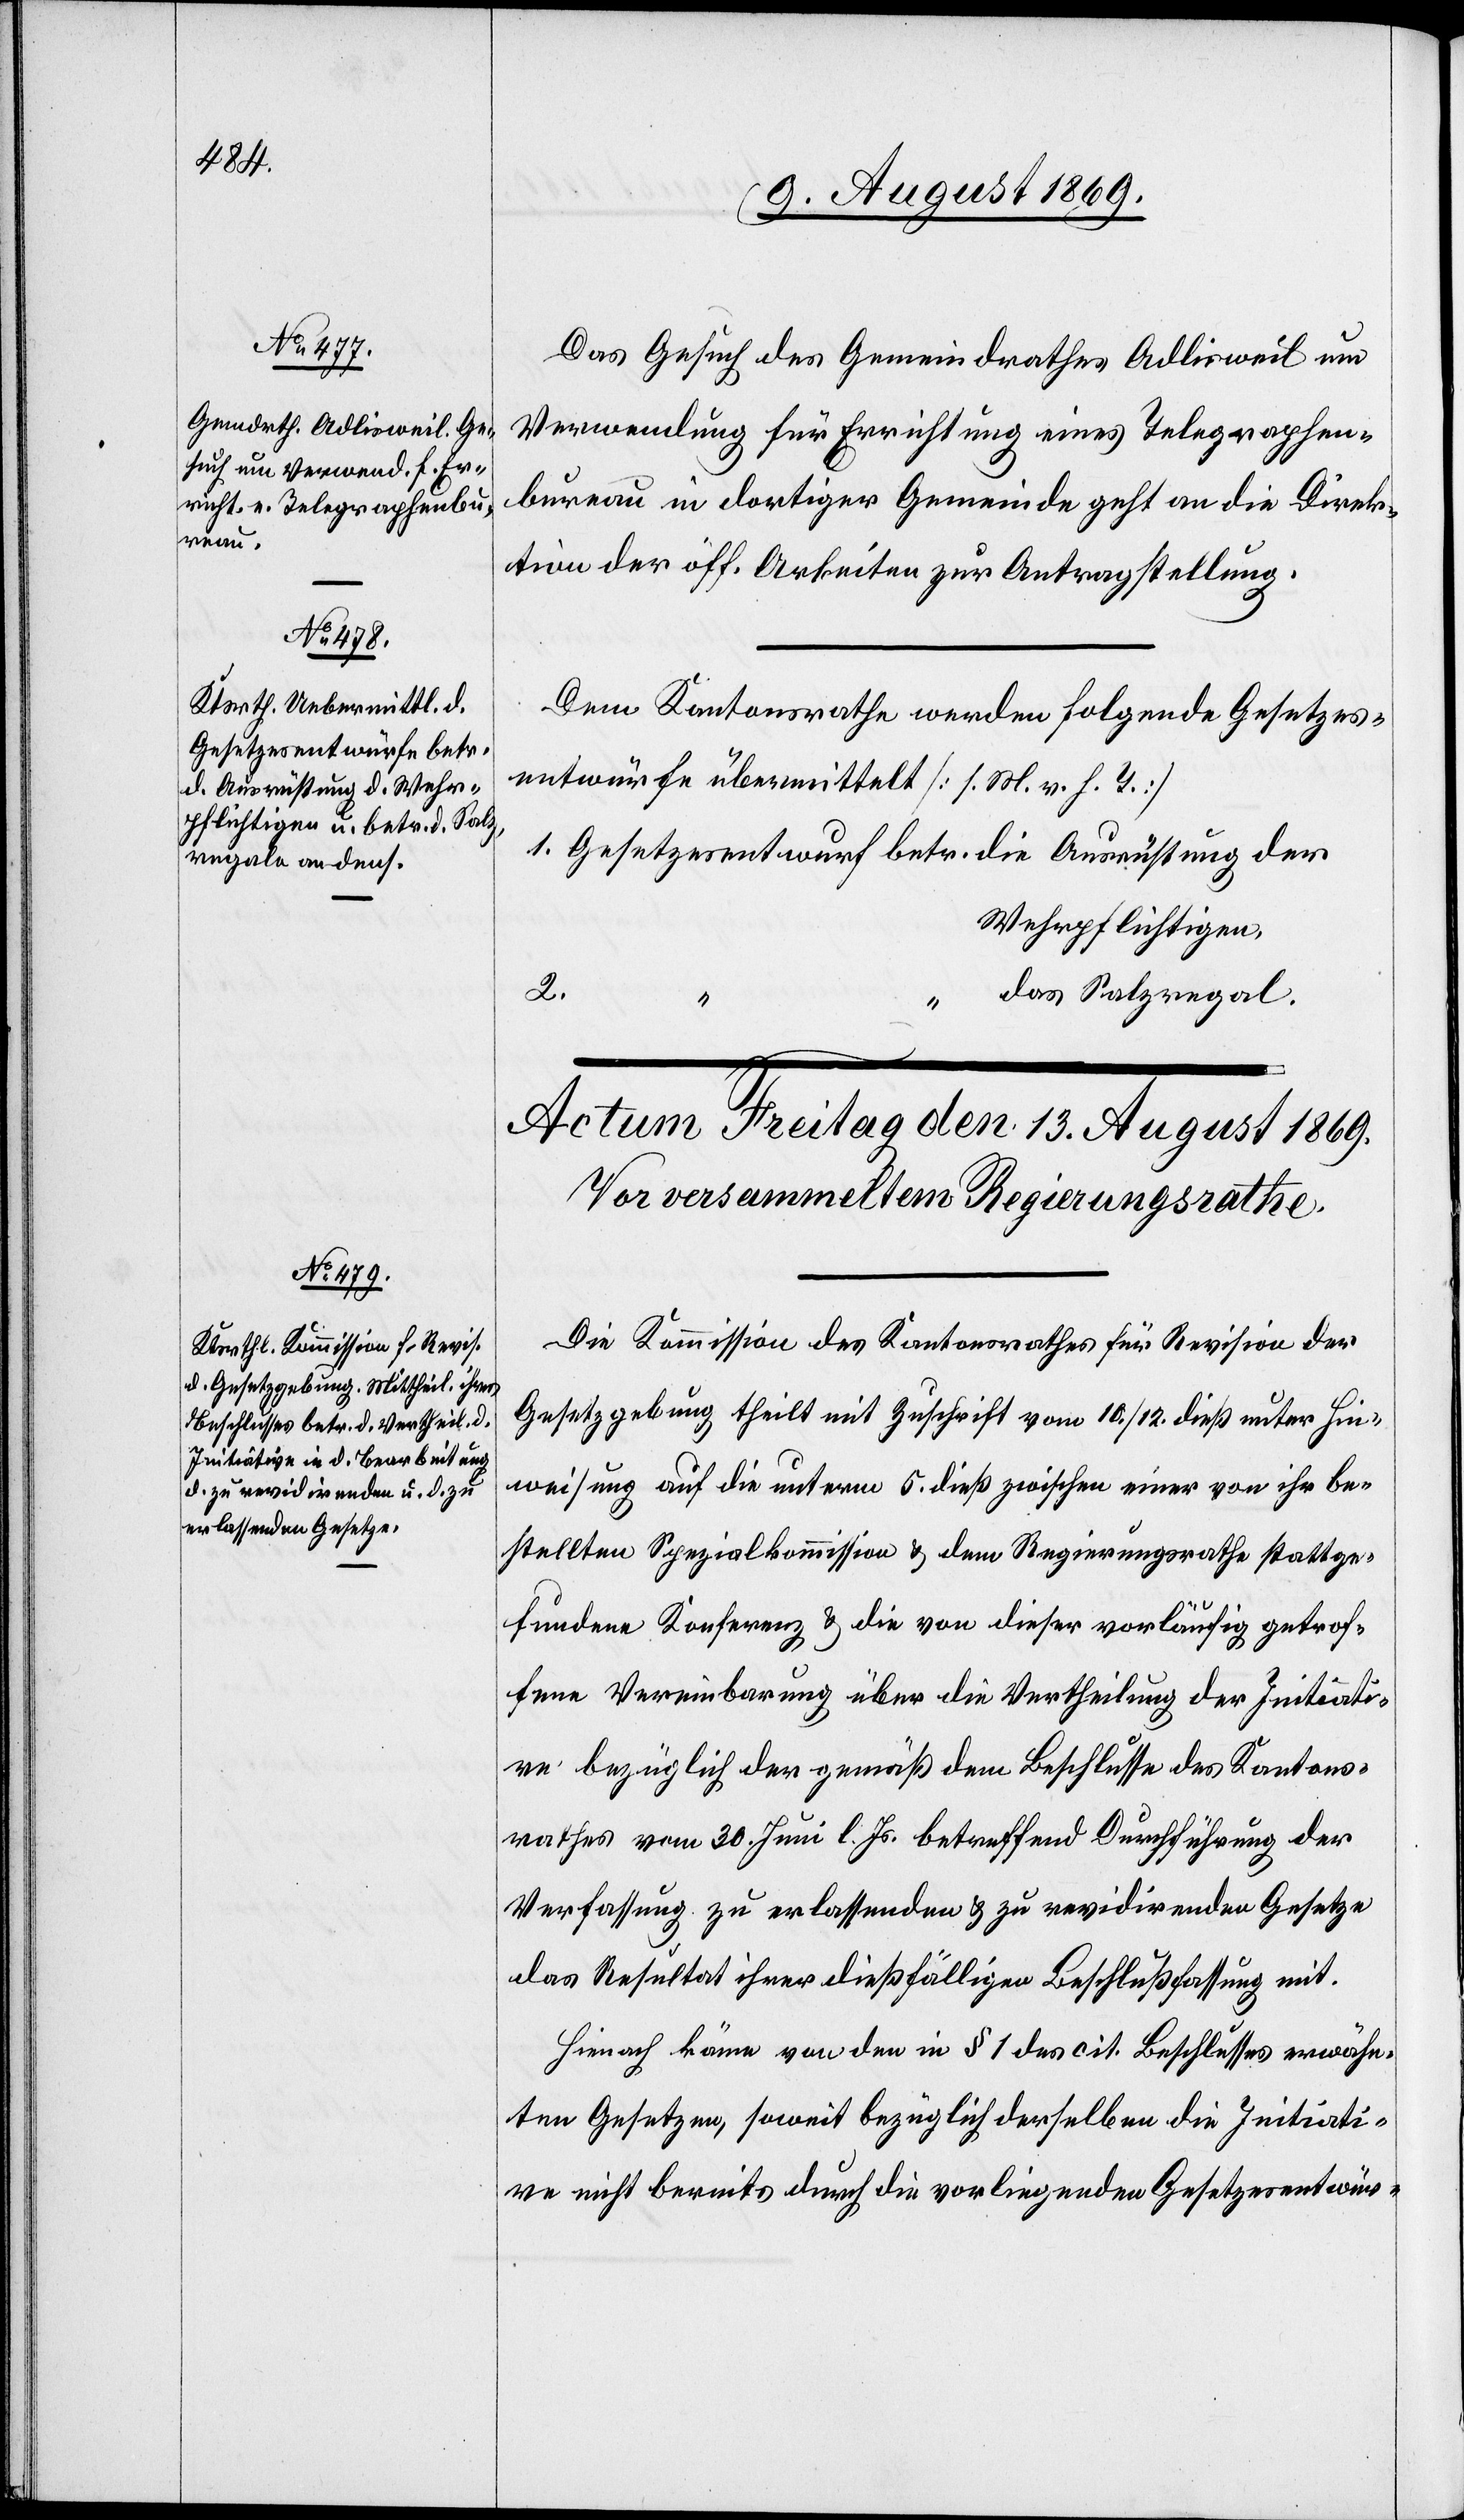
12. August 1869.]
Das Gesuch des Gemeindrathes Adlisweil um
Verwendung für Errichtung eines Telegraphen¬
bureau in dortiger Gemeinde geht an die Direk¬
tion der öff. Arbeiten zur Antragstellung.
Dem Kantonsrathe werden folgende Gesetzes¬
entwürfe übermittelt [l. M. h. T]:
1. Gesetzesentwurf betr. die Ausrüstung der
Wehrpflichtigen,
“ das Salzregal.
Die Kommission des Kantonsrathes für Revision der
Gesetzgebung theilt mit Zuschrift vom 10./12. dieß unter Hin¬
weisung auf die unterm 5. dieß zwischen einer von ihr be¬
stellten Spezialkommission & dem Regierungsrathe stattge¬
fundene Konferenz & die von dieser vorläufig getrof¬
fene Vereinbarung über die Vertheilung der Initiati¬
ve bezüglich der gemäß dem Beschlusse des Kantons¬
rathes vom 30. Juni l. Js. betreffend Durchführung der
Verfassung zu erlassenden & zu revidirenden Gesetze
das Resultat ihrer dießfälligen Beschlußfassung mit.
Hienach käme von den in § 1 des cit. Beschlusses erwähn¬
ten Gesetzen, soweit bezüglich derselben die Initiati¬
ve nicht bereits durch die vorliegenden Gesetzesentwür-